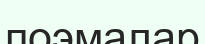
поэмалар